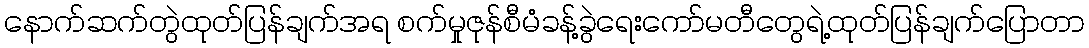
နောက်ဆက်တွဲထုတ်ပြန်ချက်အရ စက်မှုဇုန်စီမံခန့်ခွဲရေးကော်မတီတွေရဲ့ထုတ်ပြန်ချက်ပြောတာ